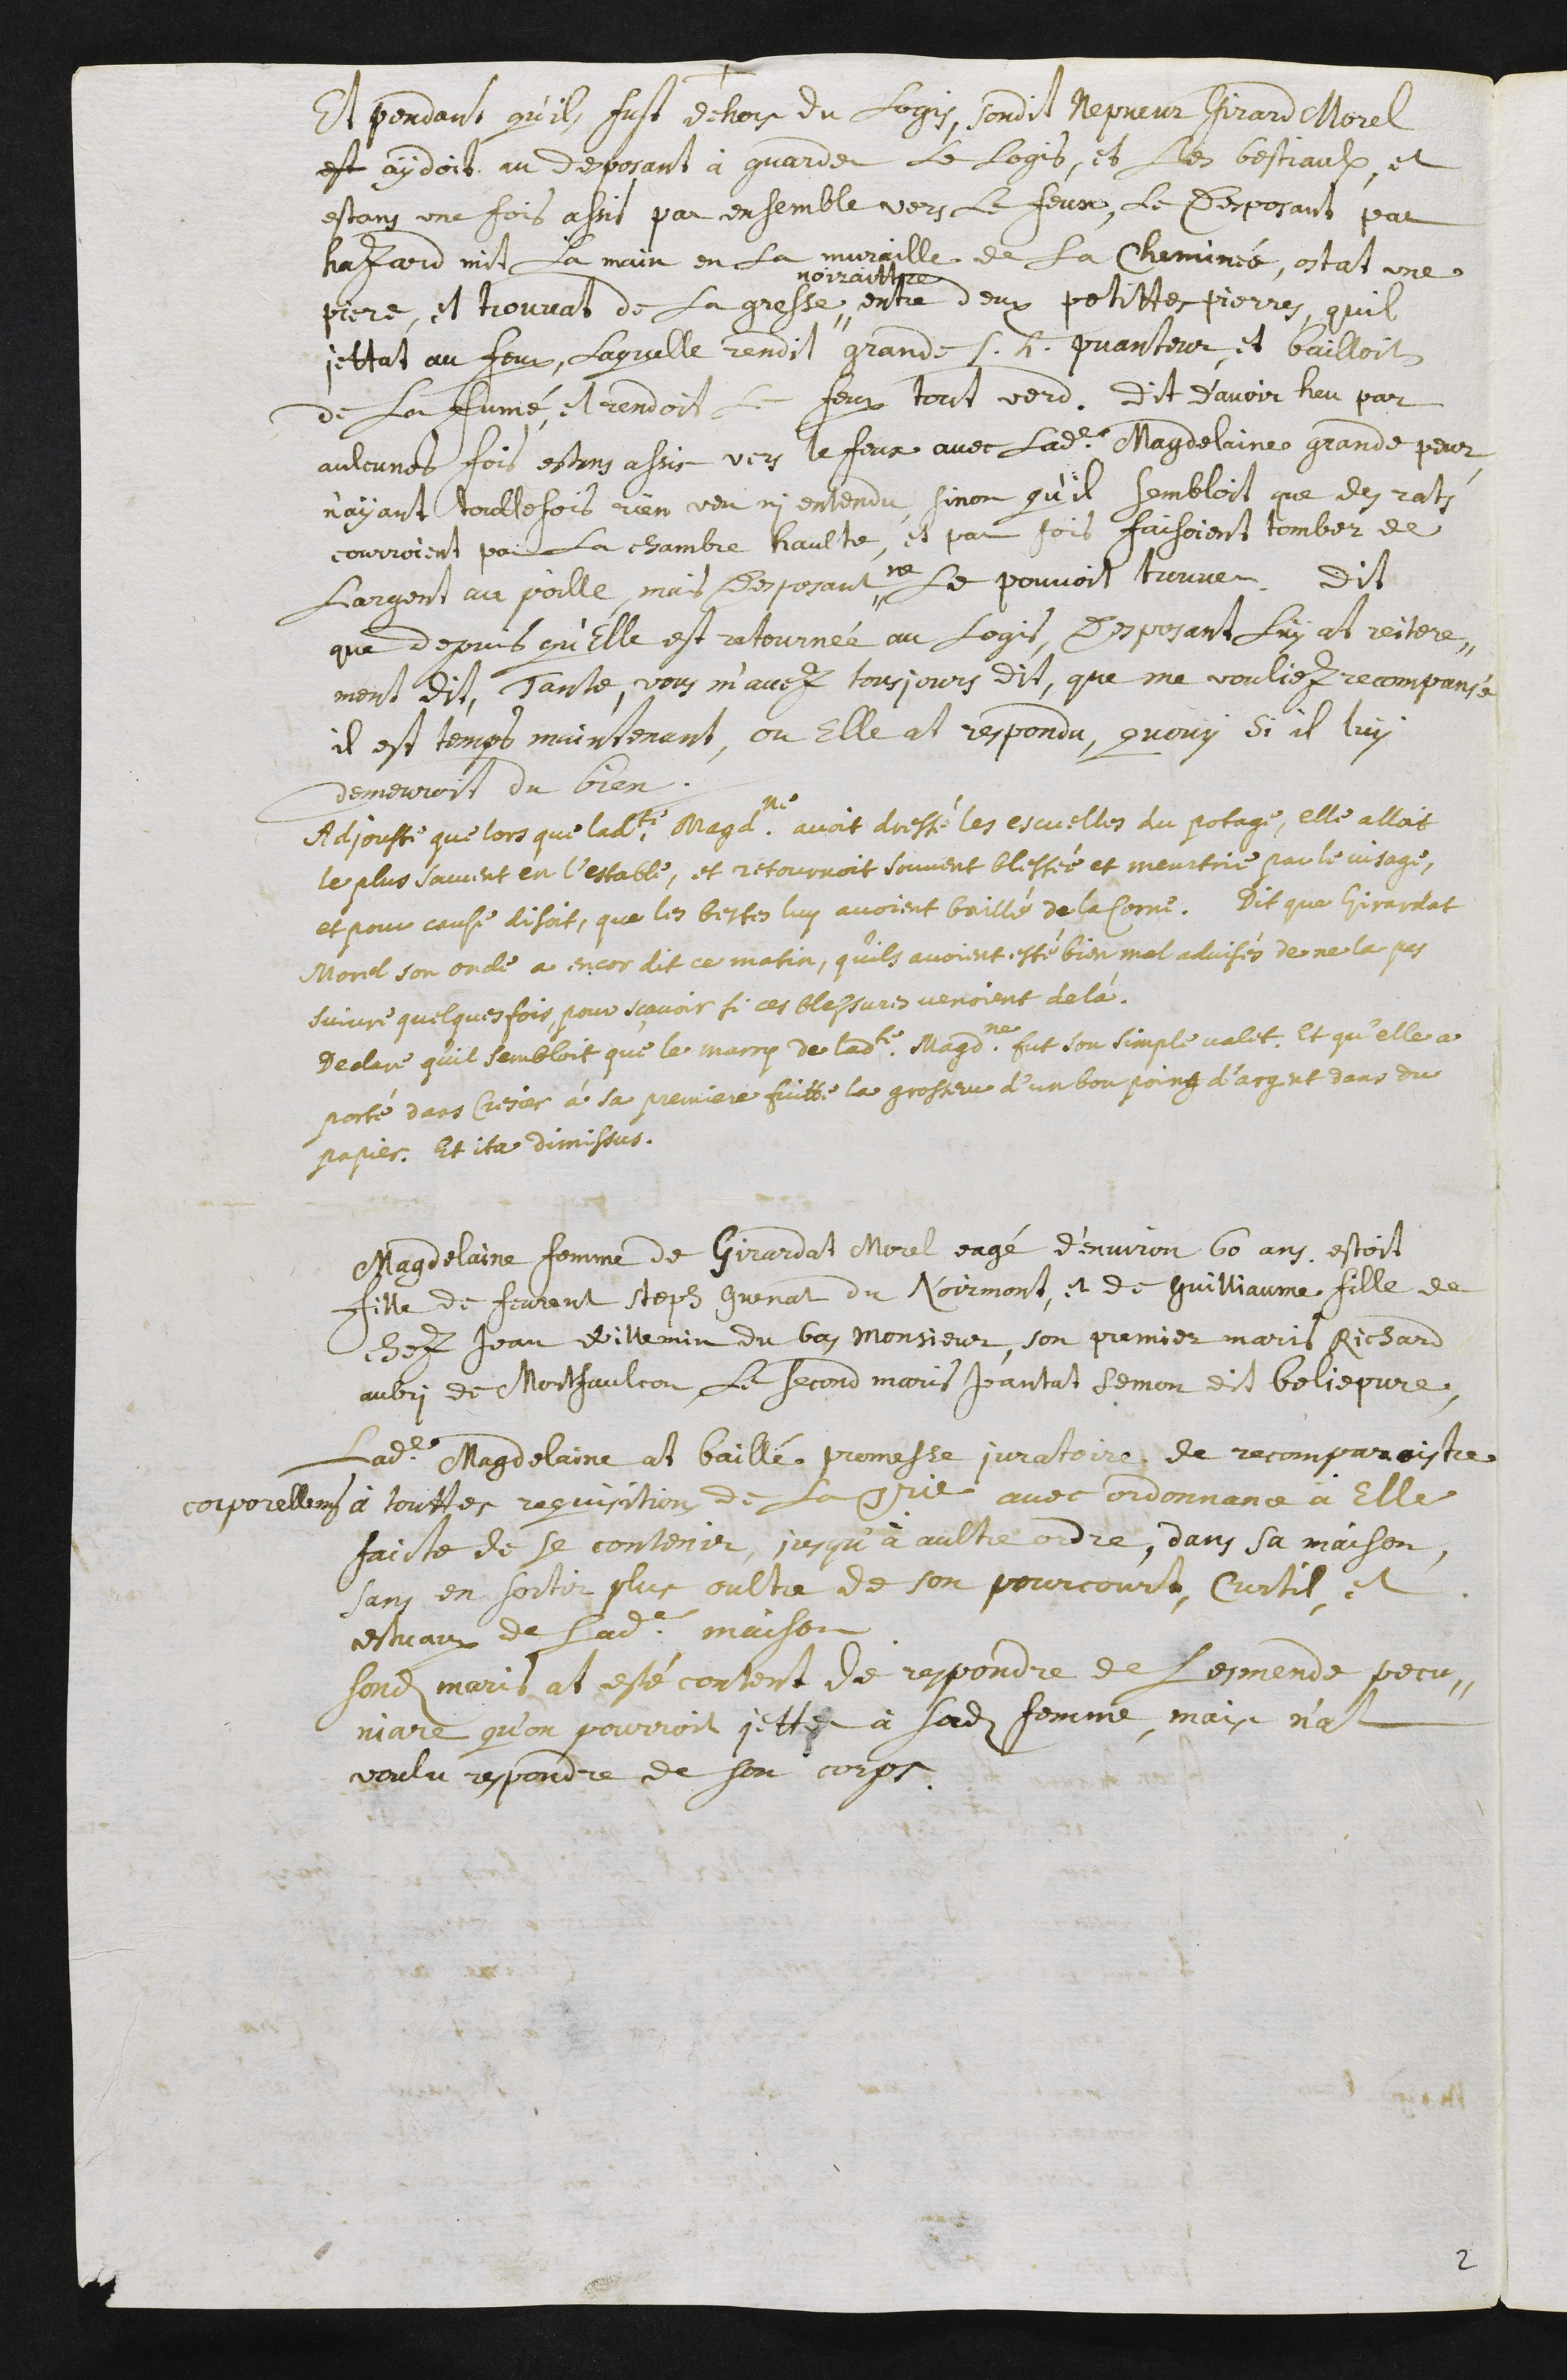
+
et pendant qu’ils fust dehors du logis, sondit nepveuz Girard Morel
est aydoit au desposant à guarder le logis, et les bestiaulx, et
estans une fois assit par ensemble vers le feux, le desposant par
hazard mit la main en la muraille de la cheminée, ostat une
piere, et trouvat de la gresse"
noirattre
entre deux petittes pierres, quil
jettat au feux, laquelle rendit grande s.h. puanteur, et bailloit
de la fumé, et rendoit le feux tout verd. Dit d’avoir heu par
aulcunes fois estans assis vers le feux avec ladite Magdelaine grande peur,
n’ayant touttefoit rien veu ni entendu, sinon qu’il sembloit que des rats
courroient par la chambre haulte, et par fois faisoient tomber de
l’argent au poille, mais desposant ne le pouvoit trouver. Dit
que depuis qu’elle est retournée au logis, desposant luy at reitere-
ment dit : « Tante , vous m’avez tousjours dit, que me vouliez recompansé,
il est temps maintenant », ou elle at respondu, qu’ouy si il luy
demeuroit du bien.
adjouste que lors que ladite Magdeleine avoit dressé les escuelles du potage, elle alloit
le plus souvent en l’estable, et retournoit souvent blessée et meurtrie par le visage,
et pour cause disoit, que les bestes luy avoient baillé de la corne. Dit que Girardat
Morel son oncle a encor dit ce matin, qu’ils avoient esté bien mal advisé de ne la pas
suivre quelquesfois, pour sçavoir si ces blessures venoient de là.
Declare qu’il sembloit que le marry de ladite Magdeleine fut son simple valet. Et qu’elle a
porté dans Cresier à sa premiere fuitte la grosseur d’un bon poing d’argent dans du
papier. Et ita dimissus.
Magdelaine femme de Girardat Morel, eagé d’environ 60 ans estoit
fille de feurant Steph Guenat du Noirmont, et de Guilliaume fille de
chez Jean Willemin du Bas-Monsieur, son premier maris Richard
Aubri de Montfaulcon, le second maris Jeantat Semon dit Boliepure.
Ladite Magdelaine at baillé promesse juratoire de recomparoistre
corporellement à touttes requisitions de la seigneurie avec ordonnance à elle
faicte de se contenir, jusqu’à aultre ordre, dans sa maison,
sans en sortir plus oultre de son pourcourt, curtil, et
estuave de ladite maison.
Sondit maris at esté content de respondre de l’esmende pecu-
niare qu’on pourroit jetter à sadite femme, mais n’at
voulu respondre de son corps.